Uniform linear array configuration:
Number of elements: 12
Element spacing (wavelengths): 0.75
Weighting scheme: uniform
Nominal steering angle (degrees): -15
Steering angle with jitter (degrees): -13.989
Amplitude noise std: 0.05
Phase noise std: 0.05

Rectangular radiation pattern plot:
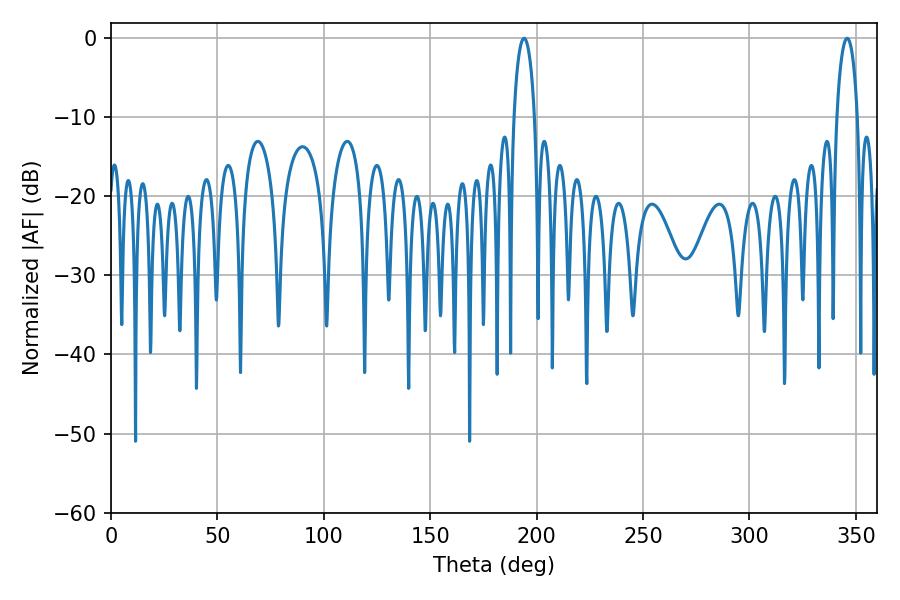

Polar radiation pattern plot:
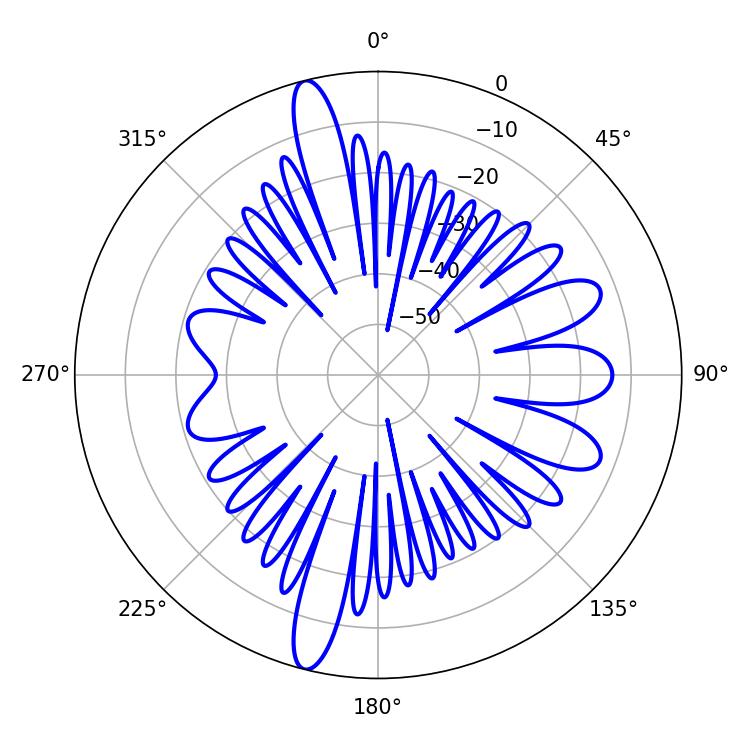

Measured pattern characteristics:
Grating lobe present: TRUE
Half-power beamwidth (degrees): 5.58
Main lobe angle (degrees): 194.04